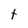
Character: t